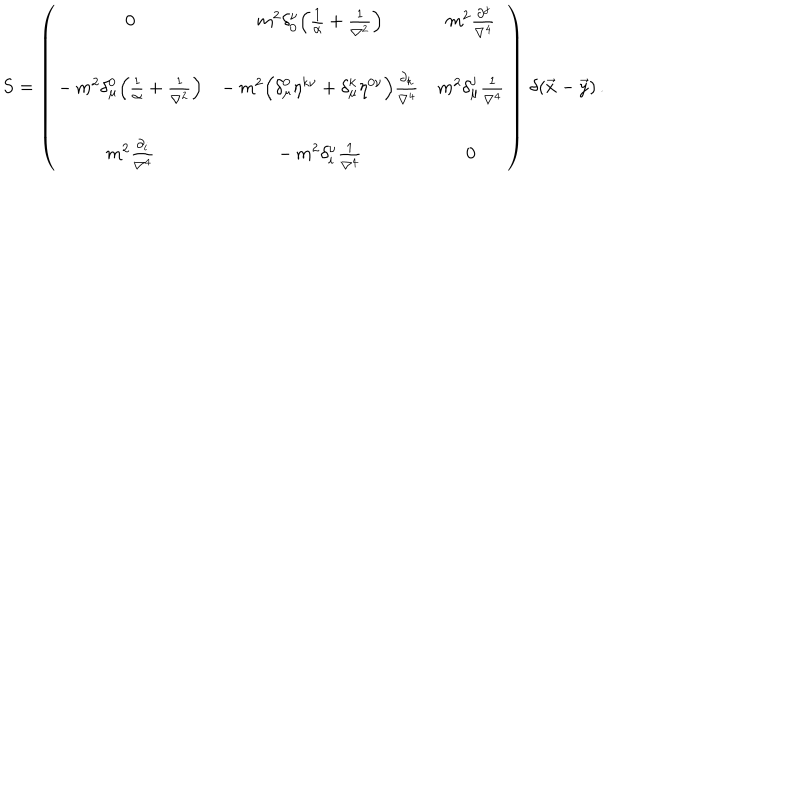
S = \left( \begin{array} { c c c } { { 0 } } & { { m ^ { 2 } \delta _ { 0 } ^ { \nu } \Bigl ( \frac { 1 } { \alpha } + \frac { 1 } { \nabla ^ { 2 } } \Bigr ) } } & { { m ^ { 2 } \frac { \partial ^ { j } } { \nabla ^ { 4 } } } } \\ { { } } & { { } } & { { } } \\ { { - \, m ^ { 2 } \delta _ { \mu } ^ { 0 } \Bigl ( \frac { 1 } { \alpha } + \frac { 1 } { \nabla ^ { 2 } } \Bigr ) } } & { { - \, m ^ { 2 } \Bigl ( \delta _ { \mu } ^ { 0 } \eta ^ { k \nu } + \delta _ { \mu } ^ { k } \eta ^ { 0 \nu } \Bigr ) \frac { \partial _ { k } } { \nabla ^ { 4 } } } } & { { m ^ { 2 } \delta _ { \mu } ^ { j } \frac { 1 } { \nabla ^ { 4 } } } } \\ { { } } & { { } } & { { } } \\ { { m ^ { 2 } \frac { \partial _ { i } } { \nabla ^ { 4 } } } } & { { - \, m ^ { 2 } \delta _ { i } ^ { \nu } \frac { 1 } { \nabla ^ { 4 } } } } & { { 0 } } \\ \end{array} \right) \, \delta ( \vec { x } - \vec { y } ) \, .